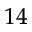
^ { 1 4 }